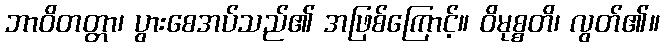
ဘာဝိတတ္တာ၊ ပွားစေအပ်သည်၏ အဖြစ်ကြောင့်။ ဝိမုစ္စတိ၊ လွတ်၏။